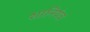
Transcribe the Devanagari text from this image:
शानियंत्र